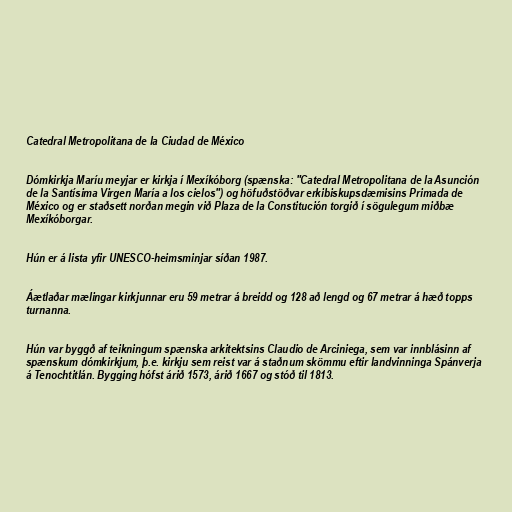
Catedral Metropolitana de la Ciudad de México

Dómkirkja Maríu meyjar er kirkja í Mexíkóborg (spænska: "Catedral Metropolitana de la Asunción
de la Santísima Virgen María a los cielos") og höfuðstöðvar erkibiskupsdæmisins Primada de
México og er staðsett norðan megin við Plaza de la Constitución torgið í sögulegum miðbæ
Mexíkóborgar.

Hún er á lista yfir UNESCO-heimsminjar síðan 1987.

Áætlaðar mælingar kirkjunnar eru 59 metrar á breidd og 128 að lengd og 67 metrar á hæð topps
turnanna.

Hún var byggð af teikningum spænska arkitektsins Claudio de Arciniega, sem var innblásinn af
spænskum dómkirkjum, þ.e. kirkju sem reist var á staðnum skömmu eftir landvinninga Spánverja
á Tenochtitlán. Bygging hófst árið 1573, árið 1667 og stóð til 1813.